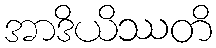
အာဒိယိဿတိ